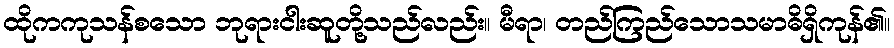
ထိုကကုသန်စသော ဘုရားငါးဆူတို့သည်လည်း။ မီရာ၊ တည်ကြည်သောသမာဓိရှိကုန်၏။